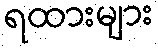
ရထားများ